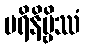
ပရိနိဗ္ဗိဿံ